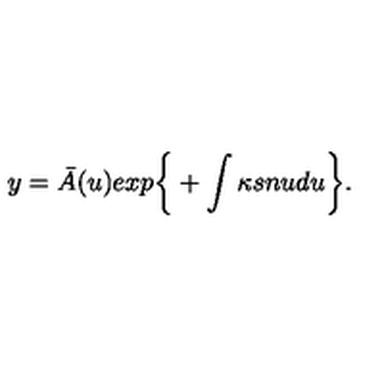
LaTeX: y = { \bar { A } } ( u ) e x p \bigg \{ + \int \kappa s n u d u \bigg \} .